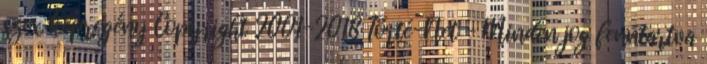
szex képregény Copyright 2001-2018 Törté-Net - Minden jog fenntartva